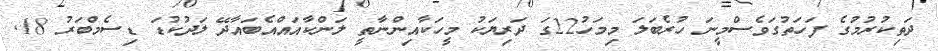
ދަތިކުރުމުގެ ފަހަތުގަވެސްމީނަ ހުރެބަލަ މިމަހު22ގަ ދަރިޔަކު މީހަކާއިންނާތީ ލަންކާއައްއެބައާދޭ ލަދުކުޑަ ޑިސެމްބަރު 18